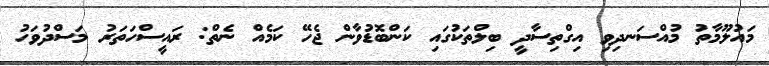
މައުލޫމާތު މުއްސަނދިވި އިގްތިސާދީ ބިލްތަކުގައި ކަންބޮޑުވާން ޖެހޭ ކަމެއް ނެތް: ރައީސްހަތަރު މަސްދުވަހު